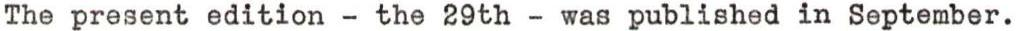
The present edition - the 29th - was published in September.